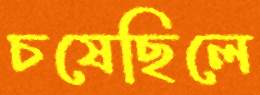
চষেছিলে